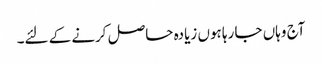
آج وہاں جا رہا ہوں زیادہ حاصل کرنے کے لئے۔